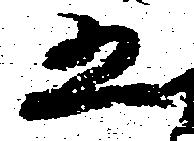
五